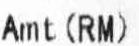
AMT(RM)